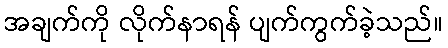
အချက်ကို လိုက်နာရန် ပျက်ကွက်ခဲ့သည်။